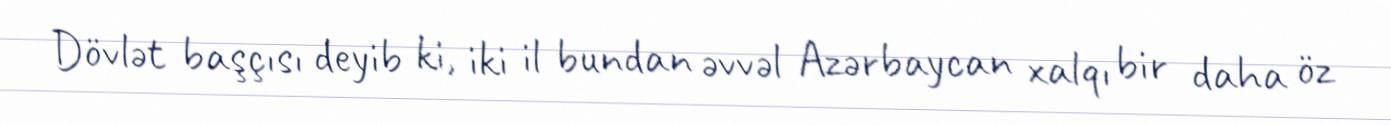
Dövlət başçısı deyib ki, iki il bundan əvvəl Azərbaycan xalqı bir daha öz